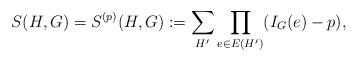
LaTeX: \begin{align*} S(H,G) = S^{(p)}(H,G):= \sum_{H'} \prod_{e\in E(H')} (I_G(e) - p),\end{align*}